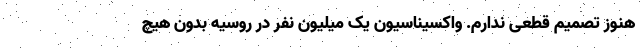
هنوز تصمیم قطعی ندارم. واکسیناسیون یک میلیون نفر در روسیه بدون هیچ